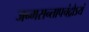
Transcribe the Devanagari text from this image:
जन्मसन्तापचंद्रोऽयं